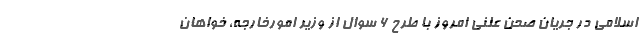
اسلامی در جریان صحن علنی امروز با طرح ۶ سوال از وزیر امورخارجه، خواهان